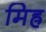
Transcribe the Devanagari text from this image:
मिह्र